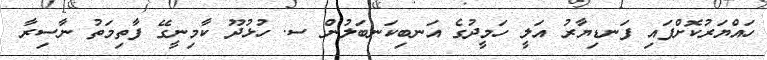
ހައްޔަރުކޮށްފައި ފަނޑިޔާރު އަލީ ހަމީދުގެ އަނބިކަނބަލުން ސ. ހުޅުދޫ ކާމިނީގޭ ފާތިމަތު ނާސިރާ